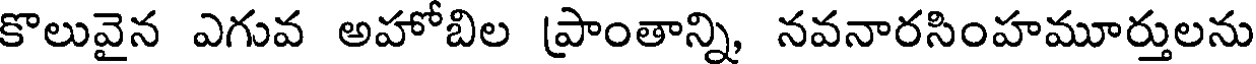
కొలువైన ఎగువ అహోబిల ప్రాంతాన్ని, నవనారసింహమూర్తులను